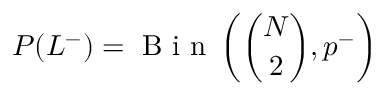
P ( L ^ { - } ) = \mathrm { ~ B ~ i ~ n ~ } \left( \binom { N } { 2 } , p ^ { - } \right)